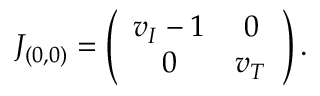
J _ { ( 0 , 0 ) } = \left( \begin{array} { c c } { v _ { I } - 1 } & { 0 } \\ { 0 } & { v _ { T } } \end{array} \right) .